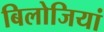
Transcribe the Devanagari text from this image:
बिलोजियां